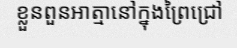
ខ្លួនពួនអាត្មានៅក្នុងព្រៃជ្រៅ